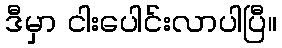
ဒီမှာ ငါးပေါင်းလာပါပြီ။